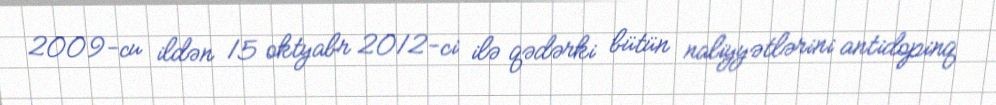
2009-cu ildən 15 oktyabr 2012-ci ilə qədərki bütün naliyyətlərini antidopinq